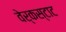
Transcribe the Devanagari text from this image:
वेर्कस्टाट